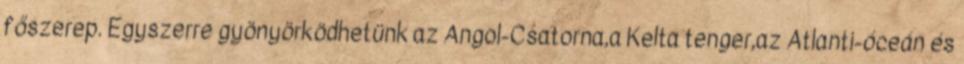
főszerep. Egyszerre gyönyörködhetünk az Angol-Csatorna,a Kelta tenger,az Atlanti-óceán és